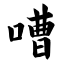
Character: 嘈